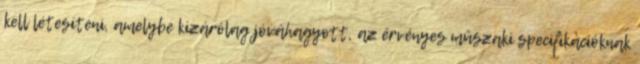
kell létesíteni, amelybe kizárólag jóváhagyott, az érvényes mûszaki specifikációknak